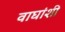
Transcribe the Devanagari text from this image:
वाघांशी